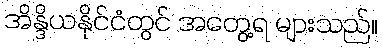
အိန္ဒိယနိုင်ငံတွင် အတွေ့ရ များသည်။